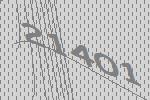
21401